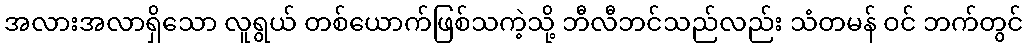
အလားအလာရှိသော လူရွယ် တစ်ယောက်ဖြစ်သကဲ့သို့ ဘီလီဘင်သည်လည်း သံတမန် ဝင် ဘက်တွင်